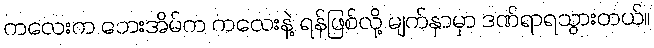
ကလေးက ဘေးအိမ်က ကလေးနဲ့ ရန်ဖြစ်လို့ မျက်နှာမှာ ဒဏ်ရာရသွားတယ်။